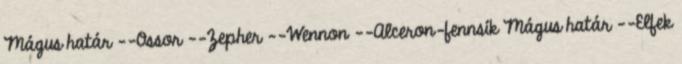
Mágus határ --Ossor --Zepher --Wennon --Alceron-fennsík Mágus határ --Elfek